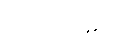
ဒါတုကာမာ